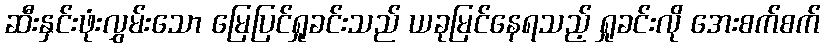
ဆီးနှင်းဖုံးလွှမ်းသော မြေပြင်ရှုခင်းသည် ယခုမြင်နေရသည့် ရှုခင်းလို အေးစက်စက်